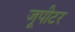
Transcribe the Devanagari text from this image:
जूपीटर